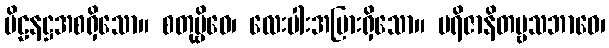
ပိဠနဋ္ဌအစရှိသော။ စတုဗ္ဗိဓေ၊ လေးပါးအပြားရှိသော။ ပရိဇာနိတဗ္ဗသဘာဝေ၊